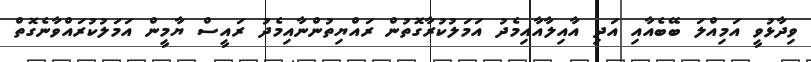
ވިދާޅުވީ އަމިއްލަ ބޭބެއާއި އަދި އާއިލާއާއިމެދު އަމަލުކުރާގޮތުން ރައްޔިތުންނާއިމެދު ރައީސް ޔާމީން އަމަލުކުރައްވާނެގޮތް